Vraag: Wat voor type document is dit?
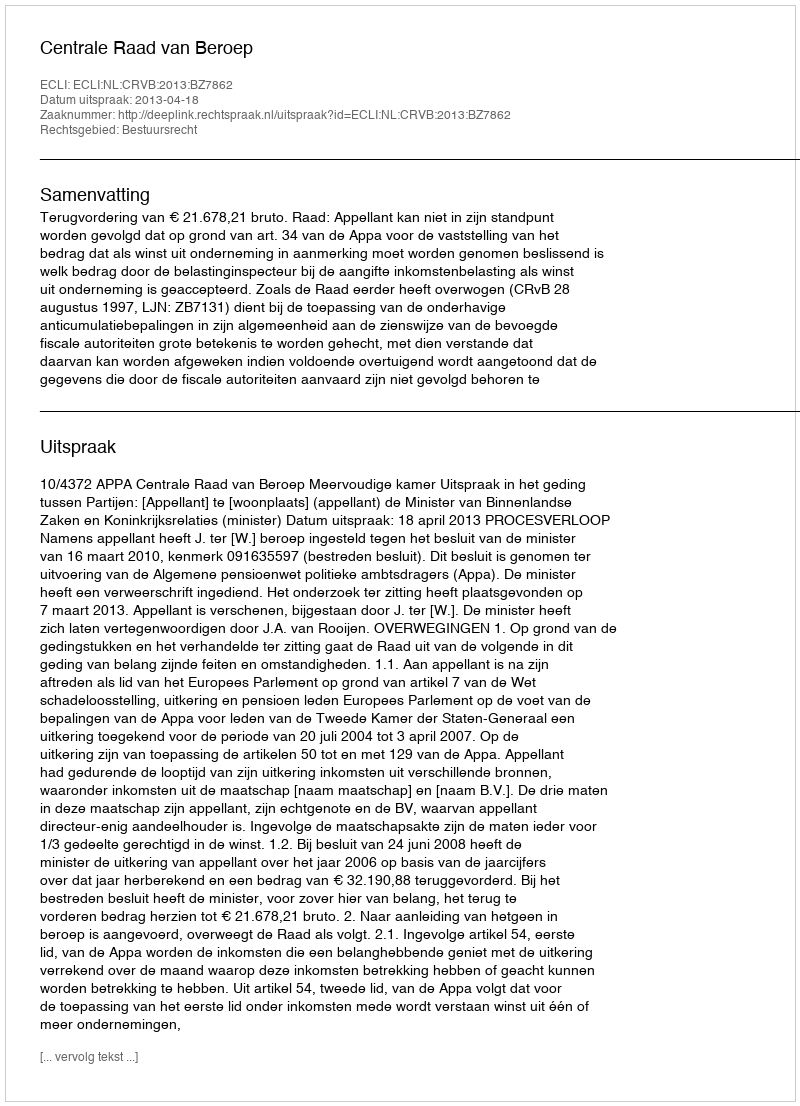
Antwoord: Uitspraak